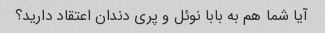
آیا شما هم به بابا نوئل و پری دندان اعتقاد دارید؟